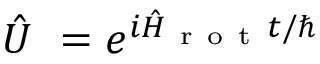
\hat { U } ~ = e ^ { i \hat { H } _ { \mathrm { ~ r ~ o ~ t ~ } } t / \hbar }